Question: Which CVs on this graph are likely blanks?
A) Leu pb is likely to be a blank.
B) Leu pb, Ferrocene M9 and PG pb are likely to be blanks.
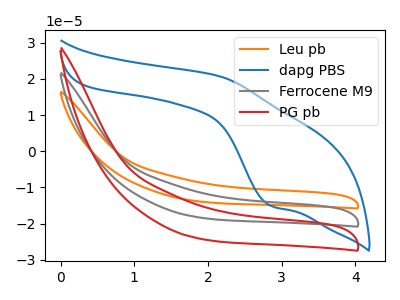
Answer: <think>The orange curve "Leu pb" has no peaks. The blue curve "dapg PBS" has an anodic peak at (2.15V, 20.85uA) and a cathodic peak at (2.85V, -15.00uA). The gray curve "Ferrocene M9" has no peaks. The red curve "PG pb" has no peaks.</think>
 <answer>B) "Leu pb", "Ferrocene M9" and "PG pb" are likely to be blanks.</answer>
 <eval>B</eval>